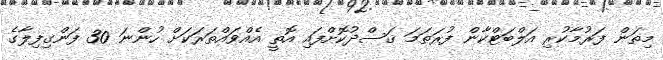
މިތަން ފަރުމާކުރި އަލްބަޓްކާން ފުރަތަމަ ޤަސްދުކޮށްފައި އޮތީ އެއްވައްތަރަކަށް ހުންނަ 30 ފަންގިފިލާގެ